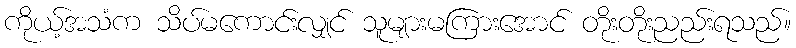
ကိုယ့်အသံက သိပ်မကောင်းလျှင် သူများမကြားအောင် တိုးတိုးညည်းရသည်။